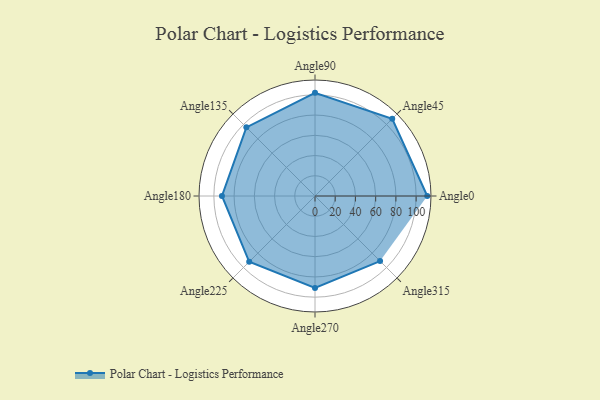
{"axis": {"x": "Angle", "y": "Radius"}, "legend": [""], "data": [{"x": "Angle0", "y": 111.0, "type": ""}, {"x": "Angle45", "y": 108.0, "type": ""}, {"x": "Angle90", "y": 102.0, "type": ""}, {"x": "Angle135", "y": 96.0, "type": ""}, {"x": "Angle180", "y": 92.0, "type": ""}, {"x": "Angle225", "y": 92.0, "type": ""}, {"x": "Angle270", "y": 91.0, "type": ""}, {"x": "Angle315", "y": 91.0, "type": ""}]}